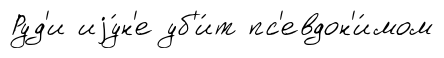
Руд'и иjу́н'е уб'и́т пс'евдон'и́мом